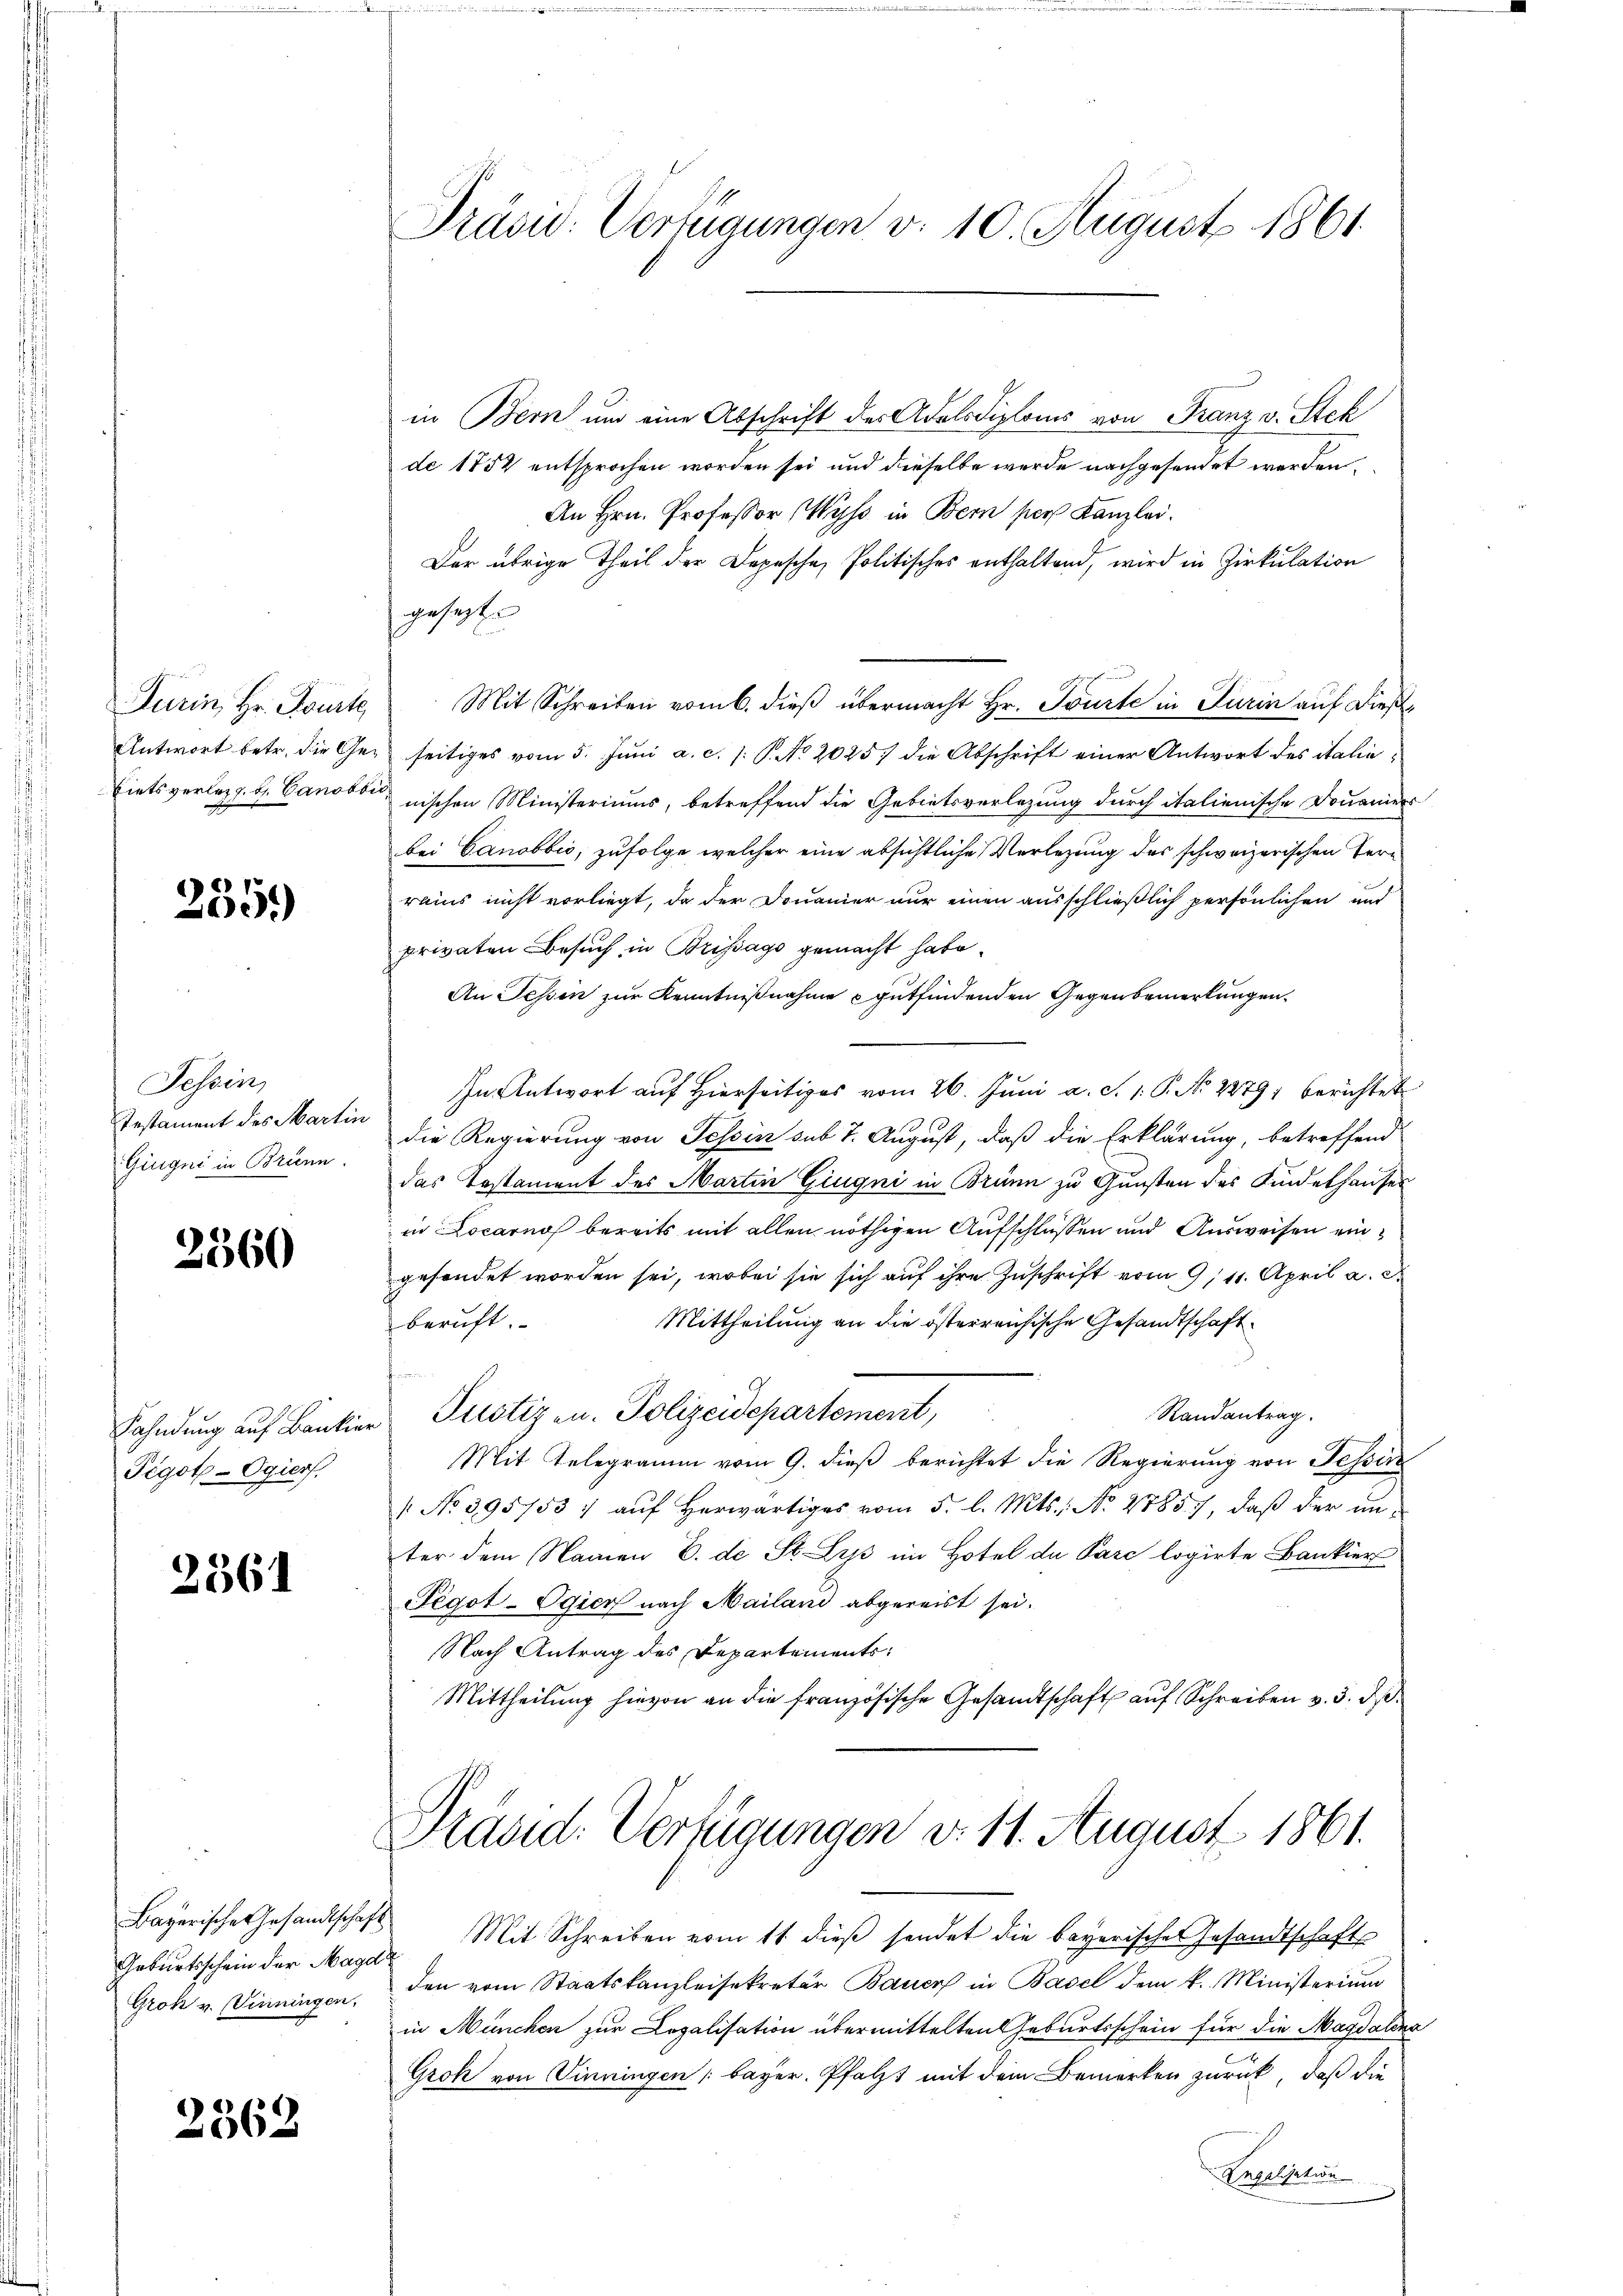
Durin, Hr. Pourte
Antwort betr. die Ge¬
Liets verleig. b. Canobbi

2559)

Tessin,
Testament des Martin
Gingni in Brunn.

2560

Fahndung auf Bankie
Pigot-Ogiers.

2361

Geburtsschein der Magd
Grok v. Vinningen,

2562

Präsid. Verfügungen v. 10. August 1861.

in Bern und eine Abschrift der Adelsdiploms von Franz v. Stek
de 1852 entsprochen worden sei und dieselbe werde nachgesendet werden.
An Hrn. Professor Wyss in Bern per Kanzlei.
Der übrige Theil der Depesche Politisches enthaltend, wird in Zirkulation
gesetzt
Mit Schreiben vom 6. dieß übermacht Hr. Tourte in Turin auf dießseitiges vom 5. Juni a. c. s. S. No 2025) die Abschrift einer Antwort des italienischen Ministeriums, betreffend die Gebietsverlegung durch italienische Douaniers
bei Canobbić, zufolge welcher eine absichtliche Verlegung des schweizerischen Terrains nicht vorliegt, da der Douamier nur einen ausschließlich persönlichen und
privaten Besuch in Brissago gemacht habe.
An Tessin zur Kenntnißnahme gutfindenden Gegenbemerkungen.
In Antwort auf Hierseitiges vom 26. Juni a. S. 1. P. No 2279; berichtet
die Regierung von Tessin sub 7. August, daß die Erklärung, betreffend
das Testament des Martin Gingni in Brünn zu Gunsten des Kindelhauses
in Locarno bereits mit allen nöthigen Aufschlüssen und Ausweisen eingesendet worden sei, wobei sie sich auf ihre Zuschrift vom 9/11. April a. c.
beruft.
Mittheilung an die österreichische Gesandtschaft
Randantrag.
Justiz u. Polizeidepartement,
n
Mit Telegramm vom 9. dieß berichtet die Regierung von Tessin
 No 395753 / aŭf herwärtiges vom 5. l. Mts.: No 48857, daβ der un-
ter dem Namen E. de St. Lys im Hotel de Pare logirte Bankier
Tegot-Egier nach Mailand abgereist sei.
Nach Antrag des Departements
Mittheilung hievon an die französische Gesandtschaft auf Schreiben v. 3. ds.
Präsid. Verfügungen d. 11. August 1861.
Bayerische Gesandtschaft Mit Schreiben vom 11. dieß sendet die bayerische Gesandtschaft
den vom Staatskanzleisekretär Bauer in Basel dem k. Ministerium
in München zur Legalisation übermittelten Geburtsschein für die Magdalena
Grok von Dinningen (Bayer. Pfalzt mit dem Bemerken zurück, daß die
Engelisation